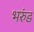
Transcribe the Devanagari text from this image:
भरुंड